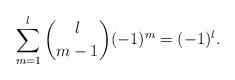
LaTeX: \begin{align*} \sum_{m=1}^l\binom{l}{m-1}(-1)^m=(-1)^l.\end{align*}